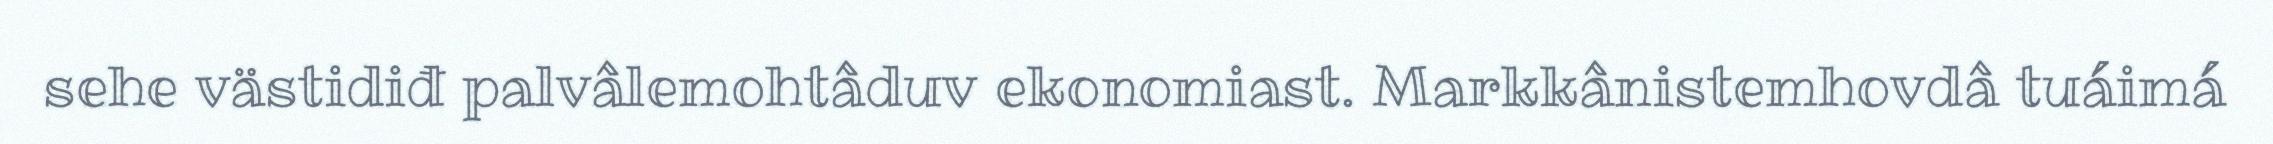
sehe västidiđ palvâlemohtâduv ekonomiast. Markkânistemhovdâ tuáimá